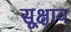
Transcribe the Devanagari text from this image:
सूक्षाव